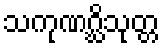
သကုဏဂ္ဃိသုတ္တ